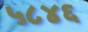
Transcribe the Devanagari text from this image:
५८४६